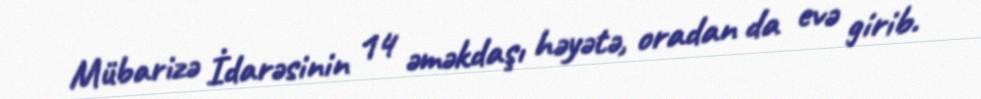
Mübarizə İdarəsinin 14 əməkdaşı həyətə, oradan da evə girib.